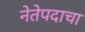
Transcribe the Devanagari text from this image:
नेतेपदाचा